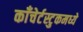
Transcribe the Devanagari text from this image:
काँचेर्टस्टुकमध्ये